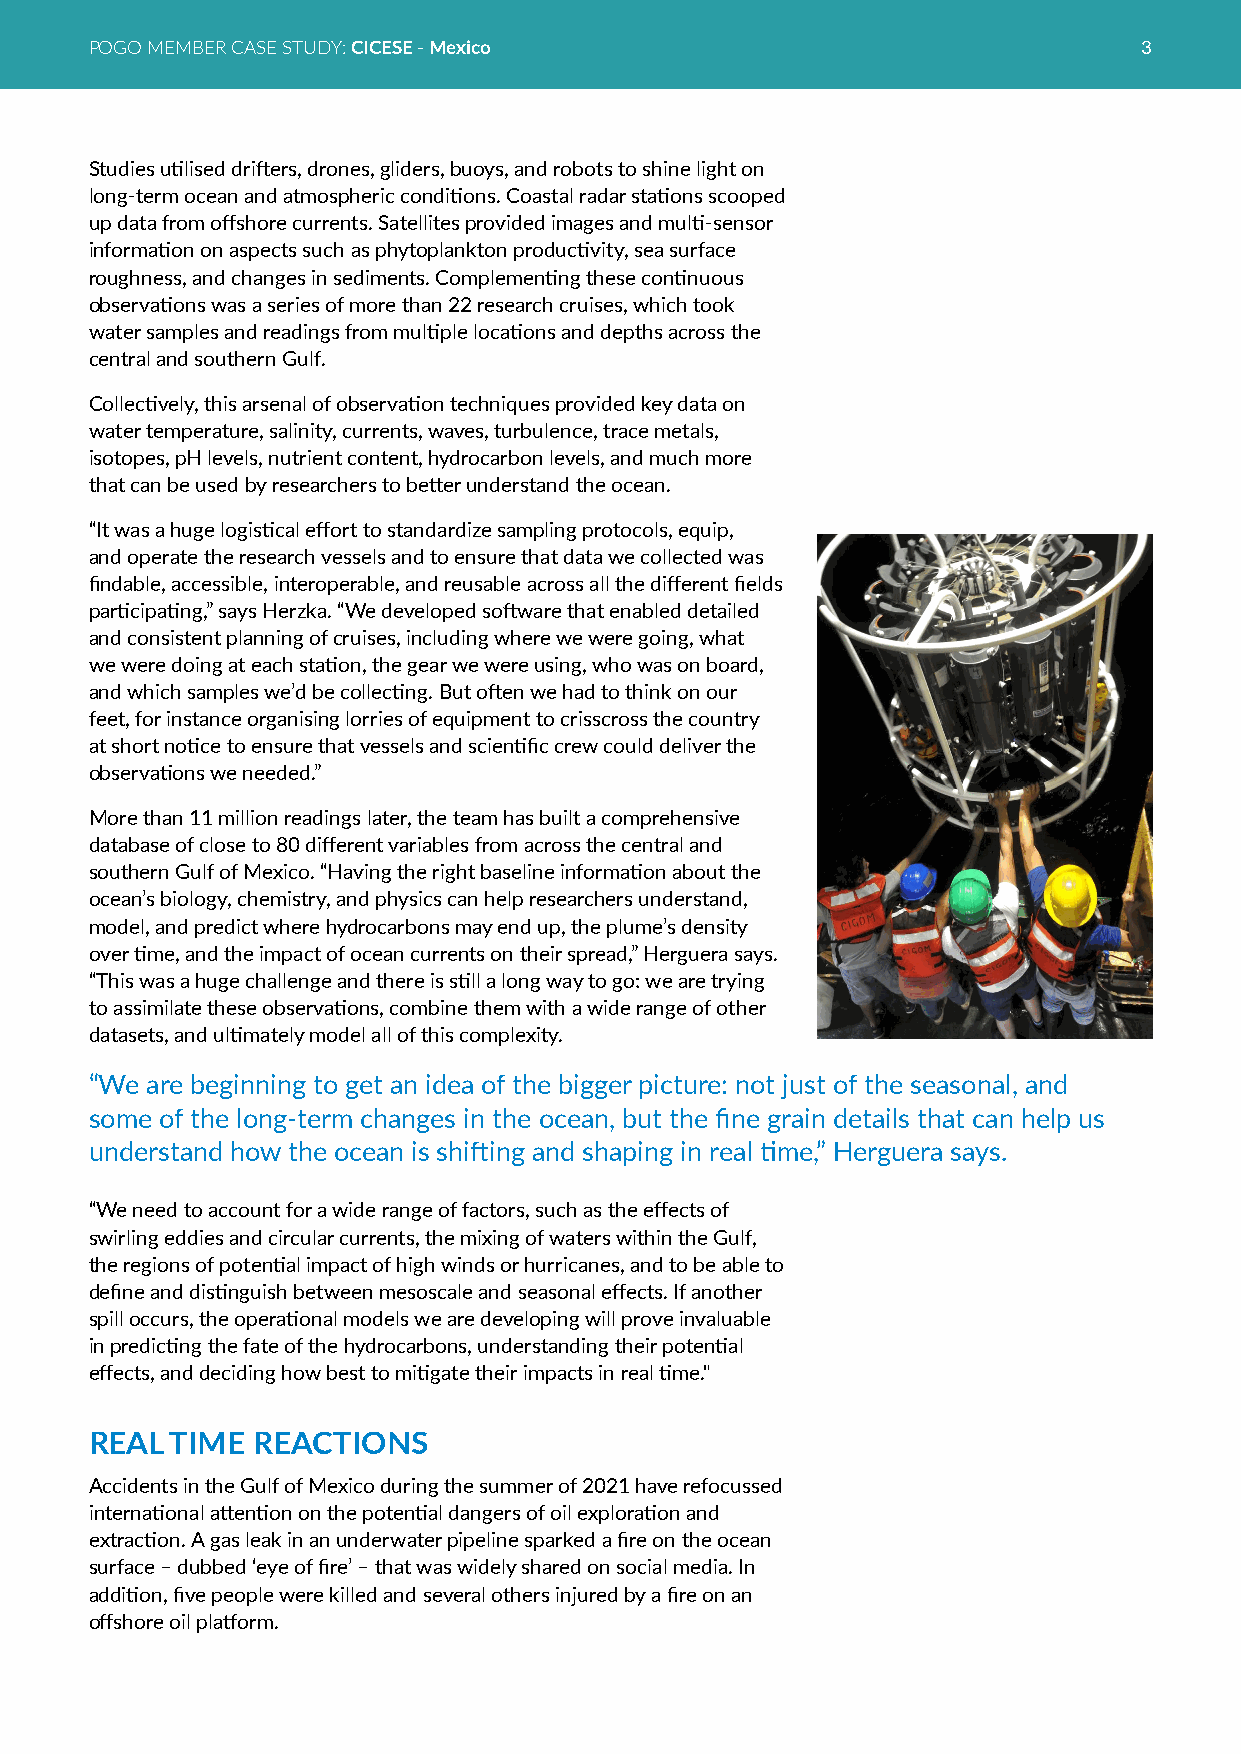
POGO MEMBER CASE STUDY: CICESE - Mexico                               3
 Studies utilised drifters, drones, gliders, buoys, and robots to shine light on
 long-term ocean and atmospheric conditions. Coastal radar stations scooped
 up data from offshore currents. Satellites provided images and multi-sensor
 information on aspects such as phytoplankton productivity, sea surface
 roughness, and changes in sediments. Complementing these continuous
 observations was a series of more than 22 research cruises, which took
 water samples and readings from multiple locations and depths across the
 central and southern Gulf.
 Collectively, this arsenal of observation techniques provided key data on
 water temperature, salinity, currents, waves, turbulence, trace metals,
 isotopes, pH levels, nutrient content, hydrocarbon levels, and much more
 that can be used by researchers to better understand the ocean.
 “It was a huge logistical effort to standardize sampling protocols, equip,
 and operate the research vessels and to ensure that data we collected was
 findable, accessible, interoperable, and reusable across all the different fields
 participating,” says Herzka. “We developed software that enabled detailed
 and consistent planning of cruises, including where we were going, what
 we were doing at each station, the gear we were using, who was on board,
 and which samples we’d be collecting. But often we had to think on our
 feet, for instance organising lorries of equipment to crisscross the country
 at short notice to ensure that vessels and scientific crew could deliver the
 observations we needed.”
 More than 11 million readings later, the team has built a comprehensive
 database of close to 80 different variables from across the central and
 southern Gulf of Mexico. “Having the right baseline information about the
 ocean’s biology, chemistry, and physics can help researchers understand,
 model, and predict where hydrocarbons may end up, the plume’s density
 over time, and the impact of ocean currents on their spread,” Herguera says.
 “This was a huge challenge and there is still a long way to go: we are trying
 to assimilate these observations, combine them with a wide range of other
 datasets, and ultimately model all of this complexity.
 “We are beginning to get an idea of the bigger picture: not just of the seasonal, and
 some of the long-term changes in the ocean, but the fine grain details that can help us
 understand how the ocean is shifting and shaping in real time,” Herguera says.
 “We need to account for a wide range of factors, such as the effects of
 swirling eddies and circular currents, the mixing of waters within the Gulf,
 the regions of potential impact of high winds or hurricanes, and to be able to
 define and distinguish between mesoscale and seasonal effects. If another
 spill occurs, the operational models we are developing will prove invaluable
 in predicting the fate of the hydrocarbons, understanding their potential
 effects, and deciding how best to mitigate their impacts in real time."
 REAL TIME  REACTIONS
 Accidents in the Gulf of Mexico during the summer of 2021 have refocussed
 international attention on the potential dangers of oil exploration and
 extraction. A gas leak in an underwater pipeline sparked a fire on the ocean
 surface – dubbed ‘eye of fire’ – that was widely shared on social media. In
 addition, five people were killed and several others injured by a fire on an
 offshore oil platform.